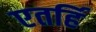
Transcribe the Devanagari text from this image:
एतर्हि